Vaccination in Bombay 1869-1873 - 1869-1873
Year: 1869
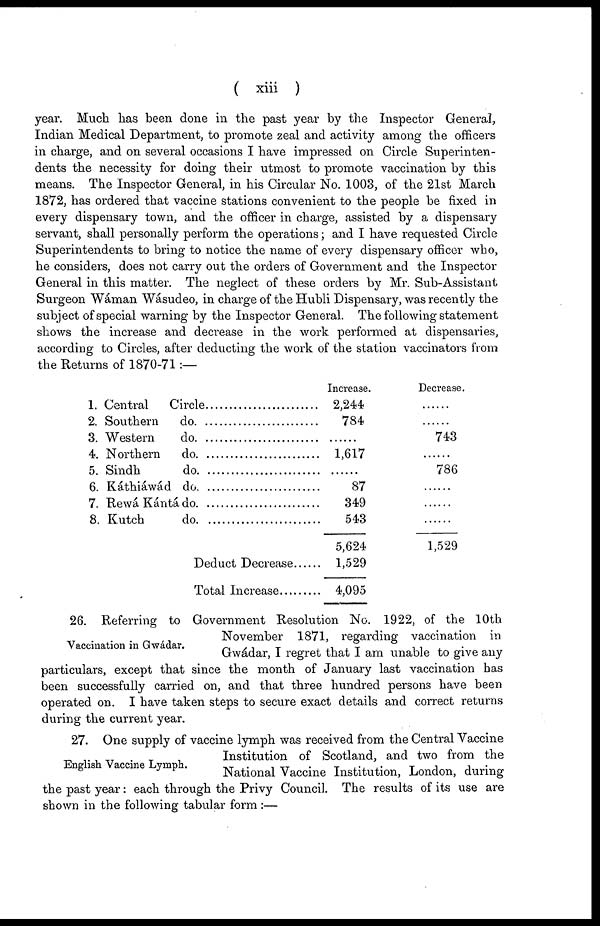
( xiii )
year. Much has been done in the past year by the Inspector General,
Indian Medical Department, to promote zeal and activity among the officers
in charge, and on several occasions I have impressed on Circle Superinten-
dents the necessity for doing their utmost to promote vaccination by this
means. The Inspector General, in his Circular No. 1003, of the 21st March
1872, has ordered that vaccine stations convenient to the people be fixed in
every dispensary town, and the officer in charge, assisted by a dispensary
servant, shall personally perform the operations; and I have requested Circle
Superintendents to bring to notice the name of every dispensary officer who,
he considers, does not carry out the orders of Government and the Inspector
General in this matter. The neglect of these orders by Mr. Sub-Assistant
Surgeon Wáman Wásudeo, in charge of the Hubli Dispensary, was recently the
subject of special warning by the Inspector General. The following statement
shows the increase and decrease in the work performed at dispensaries,
according to Circles, after deducting the work of the station vaccinators from
the Returns of 1870-71 :—
1.
2.
3.
4.
5.
6.
7.
8.
Central Circle .....................
Southern do. ....................
Western do. .....................
Northern do. ....................
Sindh do. .......................
Káthiáwád do. .....................
Rewá Kántá do. ....................
Kutch do. ............................
Deduct Decrease......
Total Increase.........
Increase.
2,244
784
......
1,617
......
87
349
543
5,624
1,529
4,095
Decrease.
......
......
743
......
786
......
......
......
1,529
Vaccination in Gwádar.
26. Referring to Government Resolution No. 1922, of the 10th
November 1871, regarding vaccination in
Gwádar, I regret that I am unable to give any
particulars, except that since the month of January last vaccination has
been successfully carried on, and that three hundred persons have been
operated on. I have taken steps to secure exact details and correct returns
during the current year.
English Vaccine Lymph.
27. One supply of vaccine lymph was received from the Central Vaccine
Institution of Scotland, and two from the
National Vaccine Institution, London, during
the past year: each through the Privy Council. The results of its use are
shown in the following tabular form :—